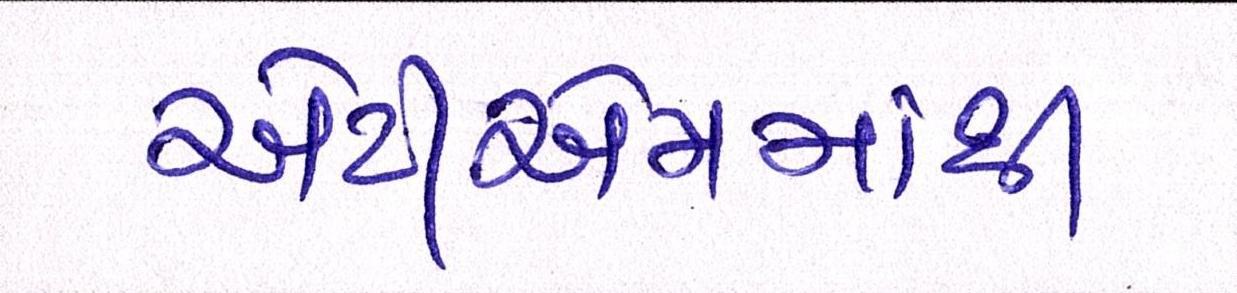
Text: એટીએમમાંથી